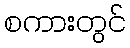
စကားတွင်